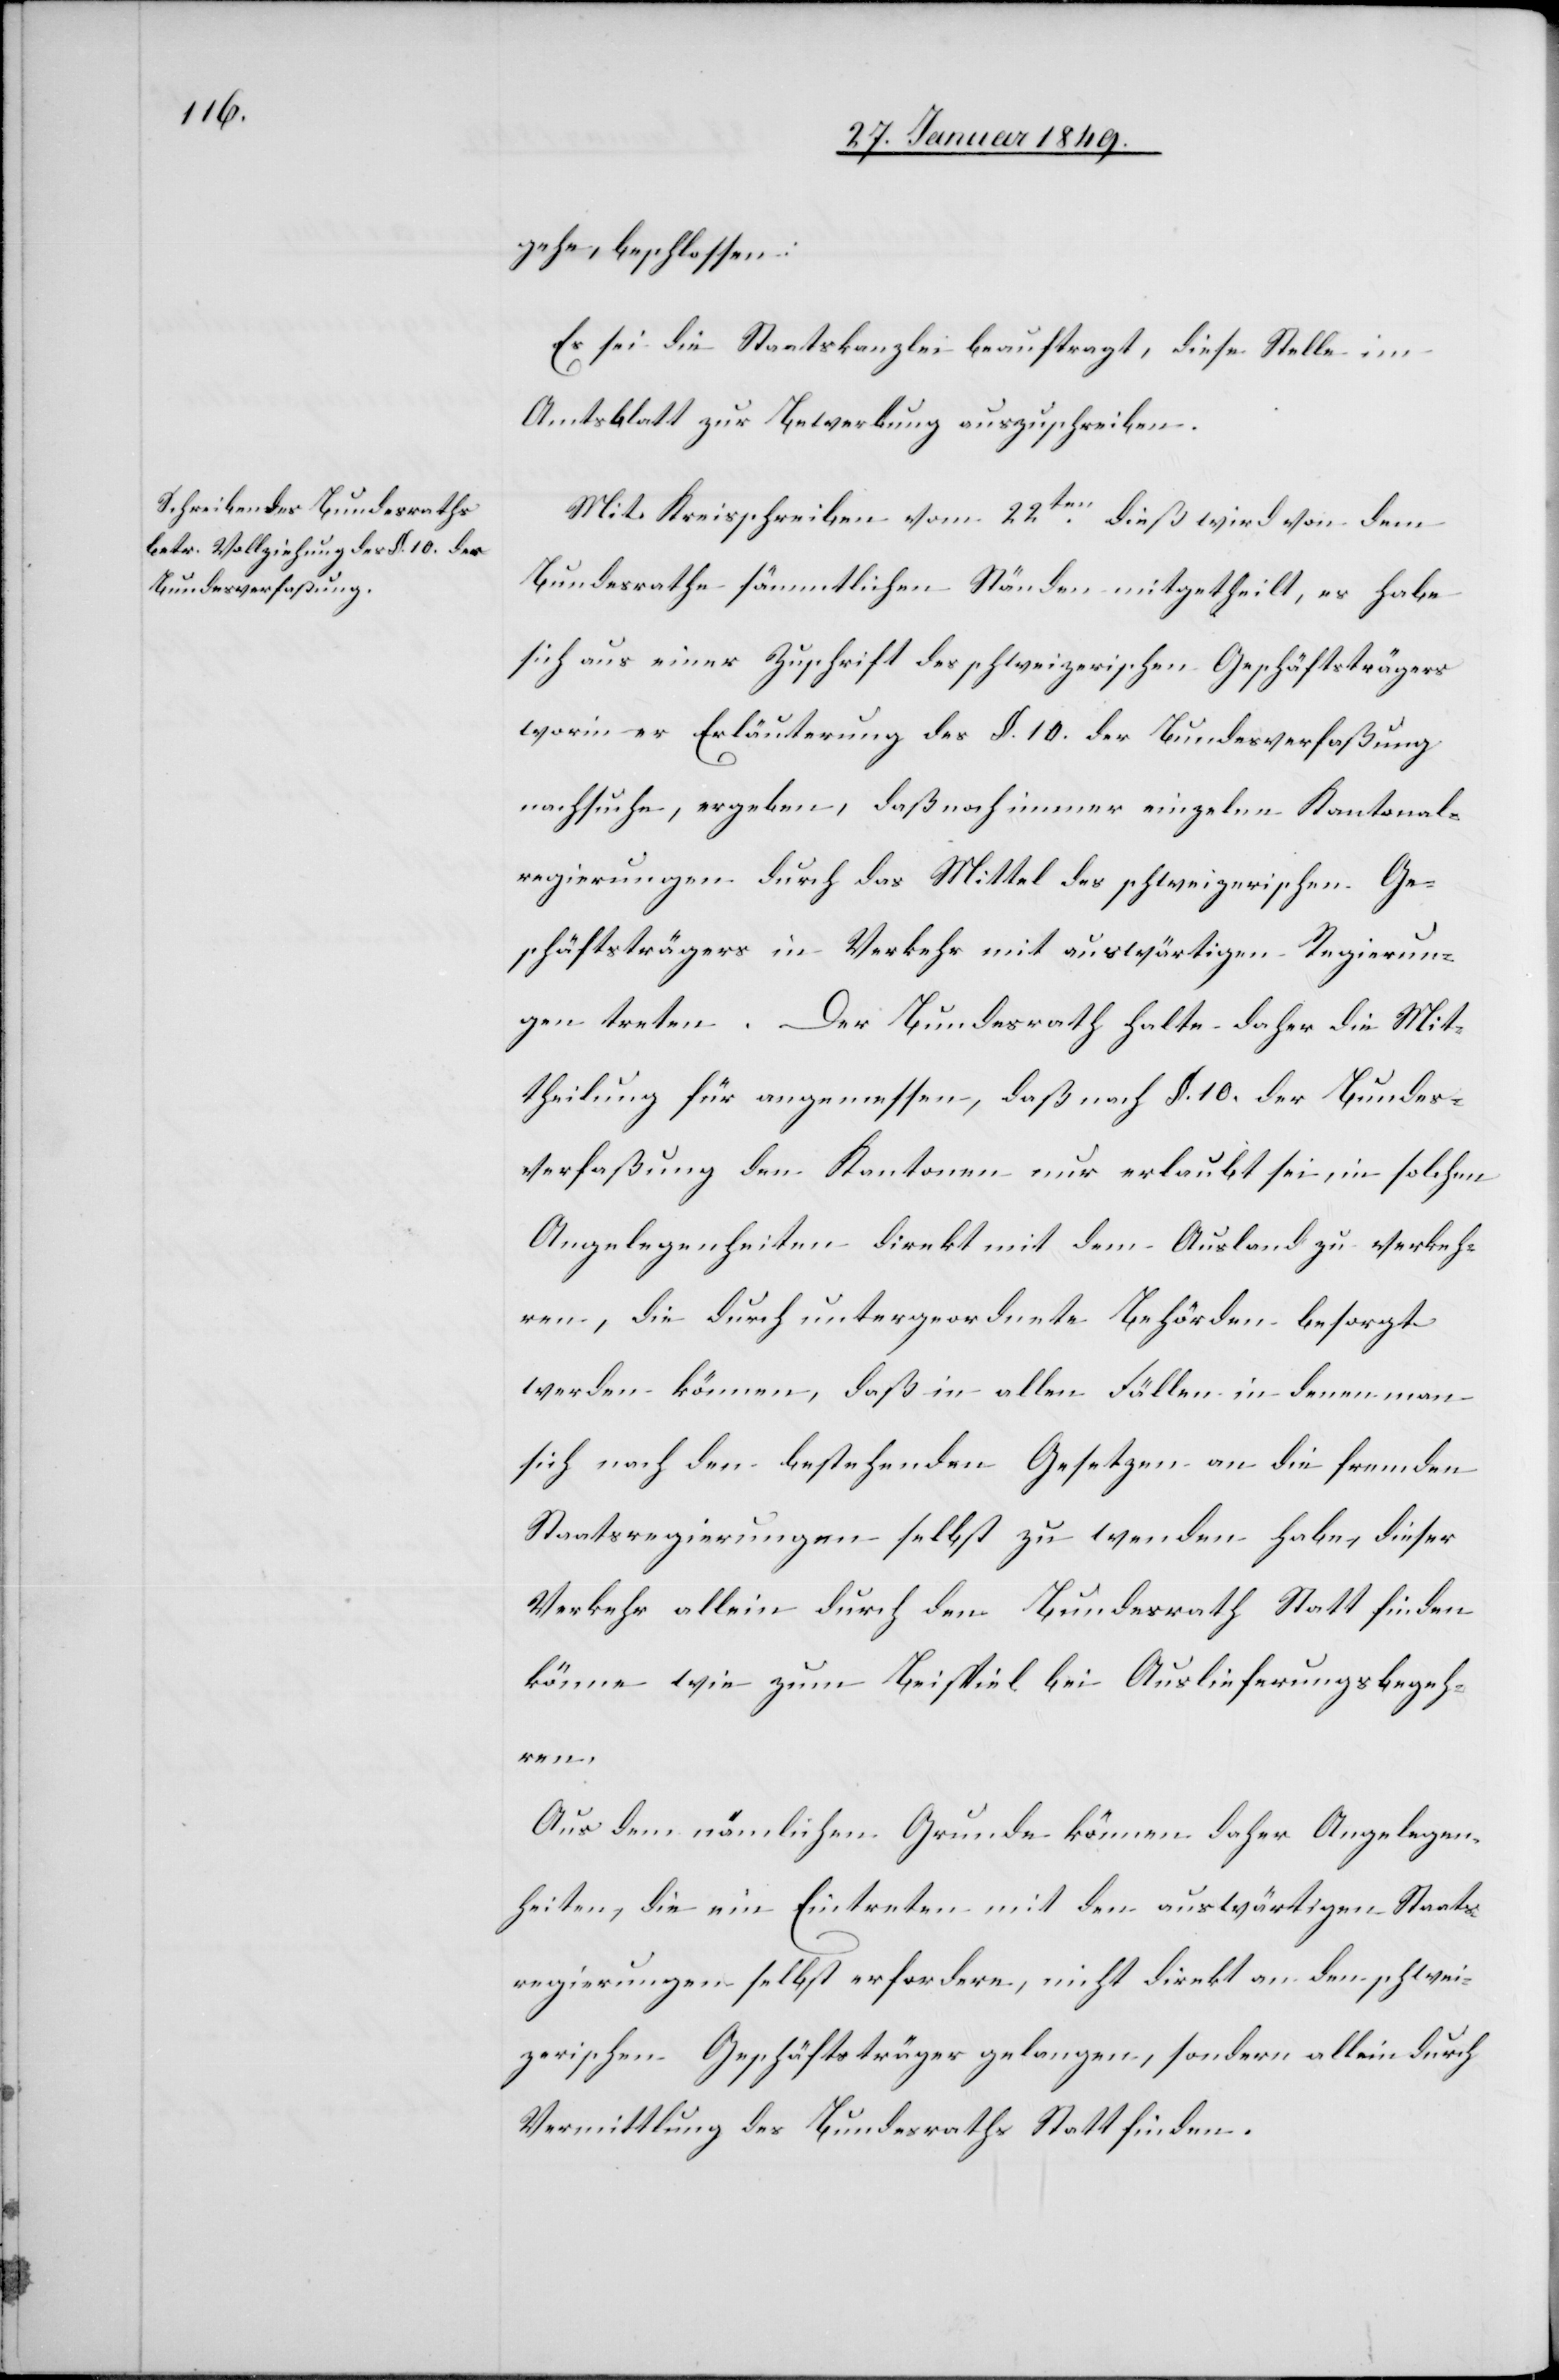
gehe, beschlossen:
Es sei die Staatskanzlei beauftragt, diese Stelle im
Amtsblatt zur Bewerbung auszuschreiben.
Mit Kreisschreiben vom 22ten. dieß wird von dem
Bundesrathe sämmtlichen Ständen mitgetheilt, es habe
sich aus einer Zuschrift des schweizerischen Geschäftsträgers
worin er Erläuterung des §. 10. der Bundesverfaßung
nachsuche, ergeben, daß noch immer einzelne Kantonal¬
regierungen durch das Mittel des schweizerischen Ge¬
schäftsträgers in Verkehr mit auswärtigen Regierun¬
gen treten. Der Bundesrath halte daher die Mit¬
theilung für angemessen, daß nach §. 10. der Bundes¬
verfaßung den Kantonen nur erlaubt sei in solchen
Angelegenheiten direkt mit dem Ausland zu verkeh¬
ren, die durch untergeordnete Behörden besorgt
werden können, daß in allen Fällen in denen man
sich nach den bestehenden Gesetzen an die fremden
Staatsregierungen selbst zu wenden habe, dieser
Verkehr allein durch den Bundesrath Statt finden
könne wie zum Beispiel bei Auslieferungsbegeh¬
ren.
Aus dem nämlichen Grunde können daher Angelegen¬
heiten, die ein Eintreten mit den auswärtigen Staats¬
regierungen selbst erfordern, nicht direkt an den schwei¬
zerischen Geschäftsträger gelangen, sondern allein durch
Vermittlung des Bundesraths Statt finden.